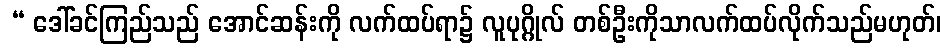
 “ ဒေါ်ခင်ကြည်သည် အောင်ဆန်းကို လက်ထပ်ရာ၌ လူပုဂ္ဂိုလ် တစ်ဦးကိုသာလက်ထပ်လိုက်သည်မဟုတ်၊